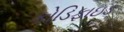
કોડિફાઇડ